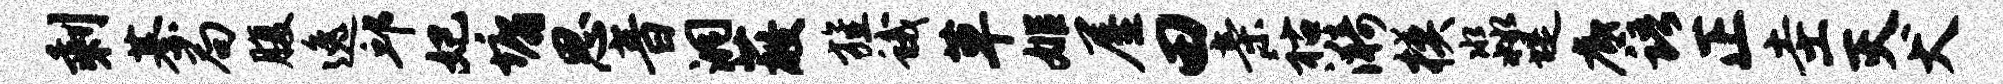
剩綦局腹逸邱妃墉思音洞蔽旌蛾草姬屋田亲祜漪模淼堤底语正圭灭犬